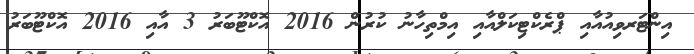
އިންޓަރވިއުއާއި ޕްރެކްޓިކަލްއާއި އިމްތިހާނު ކުރުން 2016 އޮކްޓޫބަރު 3 އާއި 2016 އޮކްޓޫބަރު